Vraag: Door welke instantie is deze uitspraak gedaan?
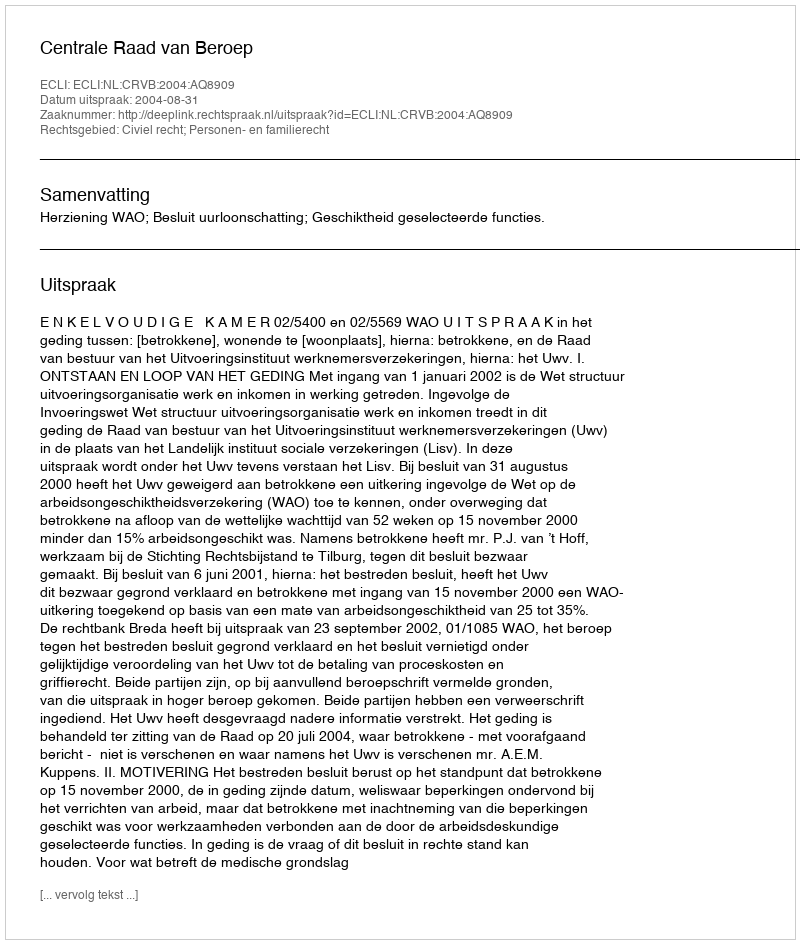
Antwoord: Centrale Raad van Beroep